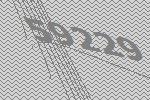
59229